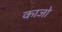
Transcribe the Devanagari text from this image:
काजो